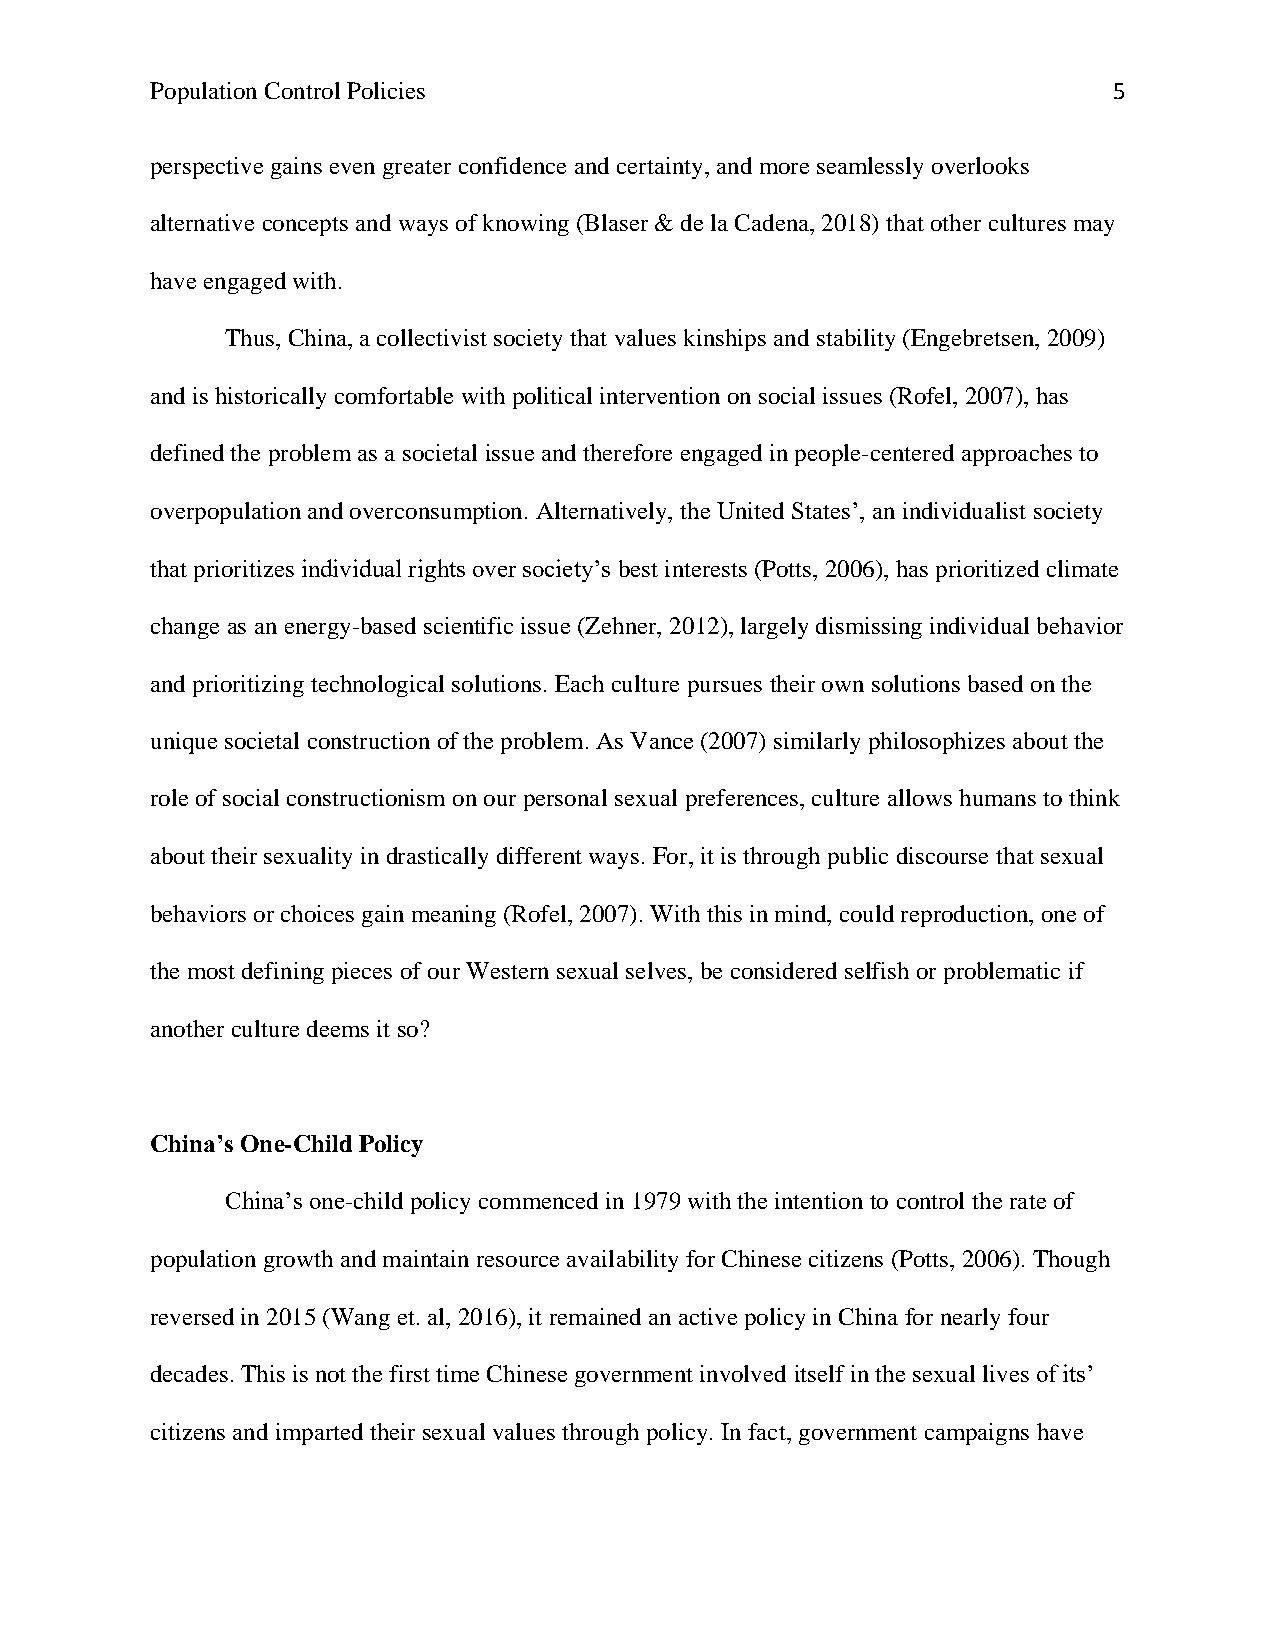
Population Control Policies                                     5
 perspective gains even greater confidence and certainty, and more seamlessly overlooks
 alternative concepts and ways of knowing (Blaser & de la Cadena, 2018) that other cultures may
 have engaged with.
 Thus, China, a collectivist society that values kinships and stability (Engebretsen, 2009)
 and is historically comfortable with political intervention on social issues (Rofel, 2007), has
 defined the problem as a societal issue and therefore engaged in people-centered approaches to
 overpopulation and overconsumption. Alternatively, the United States’, an individualist society
 that prioritizes individual rights over society’s best interests (Potts, 2006), has prioritized climate
 change as an energy-based scientific issue (Zehner, 2012), largely dismissing individual behavior
 and prioritizing technological solutions. Each culture pursues their own solutions based on the
 unique societal construction of the problem. As Vance (2007) similarly philosophizes about the
 role of social constructionism on our personal sexual preferences, culture allows humans to think
 about their sexuality in drastically different ways. For, it is through public discourse that sexual
 behaviors or choices gain meaning (Rofel, 2007). With this in mind, could reproduction, one of
 the most defining pieces of our Western sexual selves, be considered selfish or problematic if
 another culture deems it so?
 China’s One-Child Policy
 China’s one-child policy commenced in 1979 with the intention to control the rate of
 population growth and maintain resource availability for Chinese citizens (Potts, 2006). Though
 reversed in 2015 (Wang et. al, 2016), it remained an active policy in China for nearly four
 decades. This is not the first time Chinese government involved itself in the sexual lives of its’
 citizens and imparted their sexual values through policy. In fact, government campaigns have